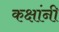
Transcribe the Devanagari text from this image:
कक्षांनी